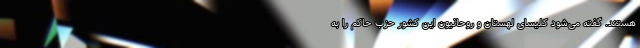
هستند. گفته می‌شود کلیسای لهستان و روحانیون این کشور حزب حاکم را به